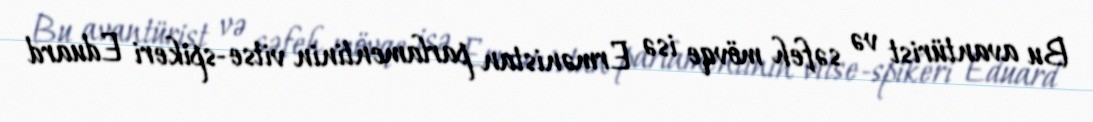
Bu avantürist və səfeh mövqe isə Ermənistan parlamentinin vitse-spikeri Eduard